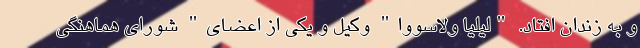
و به زندان افتاد. "لیلیا ولاسووا" وکیل و یکی از اعضای" شورای هماهنگی